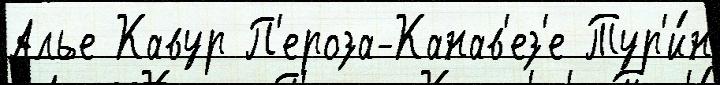
Алье Кавур П'ероза-Канав'ез'е Тур'и́н